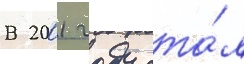
В 2001 году ста́л